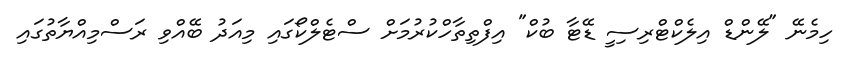
ހިމެނޭ "ލޭންޑް އިލެކްޓްރިސިީ ޑޭޓާ ބުކް" އިފްތިތާހްކުރުމަށް ސްޓެލްކޯގައި މިއަދު ބޭއްވި ރަސްމިއްޔާތުގައި